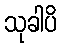
သုခါပိ